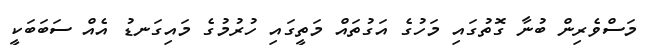
މަސްވެރިން ބުނާ ގޮތުގައި މަހުގެ އަގުތައް މަތީގައި ހުރުމުގެ މައިގަނޑު އެއް ސަބަބަކީ